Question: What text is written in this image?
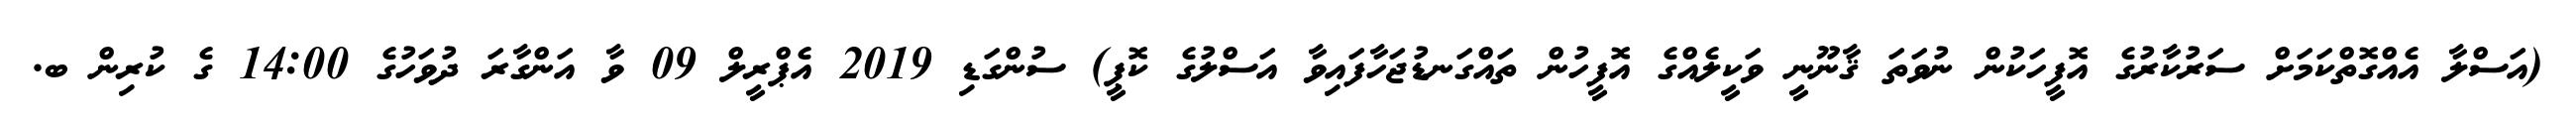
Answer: (އަސްލާ އެއްގޮތްކަމަށް ސަރުކާރުގެ އޮފީހަކުން ނުވަތަ ޤާނޫނީ ވަކީލެއްގެ އޮފީހުން ތައްގަނޑުޖަހާފައިވާ އަސްލުގެ ކޮޕީ) ސުންގަޑި 2019 އެޕްރީލް 09 ވާ އަންގާރަ ދުވަހުގެ 14:00 ގެ ކުރިން ބ.